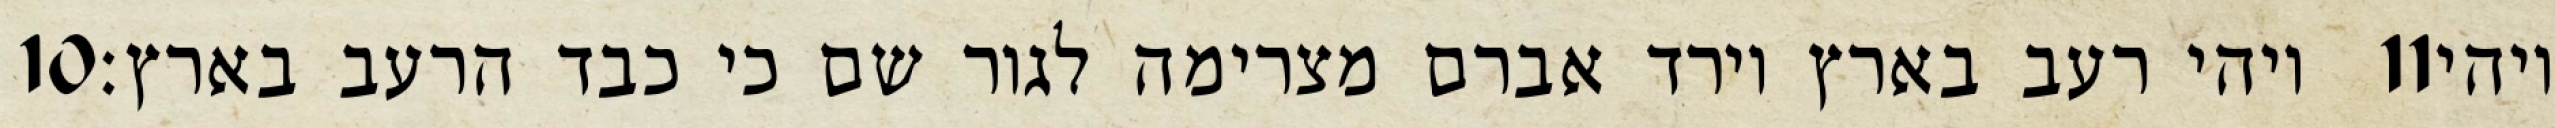
‎10‏ ויהי רעב בארץ וירד אברם מצרימה לגור שם כי כבד הרעב בארץ׃ ‎11‏ ויהי